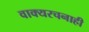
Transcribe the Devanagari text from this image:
वाक्यरचनाही